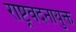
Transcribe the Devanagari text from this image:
राष्ट्रवंदनायुक्त